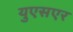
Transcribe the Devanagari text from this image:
युएसएर